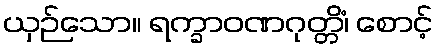
ယှဉ်သော။ ရက္ခာဝဏဂုတ္တိံ၊ စောင့်